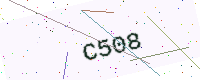
Text: C508